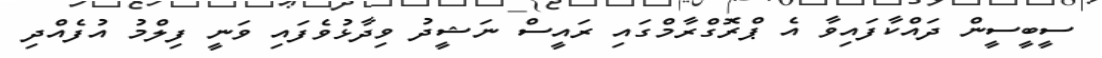
ސީބީސީން ދައްކާފައިވާ އެ ޕްރޮގްރާމްގައި ރައީސް ނަޝީދު ވިދާޅުވެފައި ވަނީ ފިލްމު އުފެއްދި